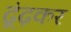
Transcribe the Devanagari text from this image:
ढूंढ़कर